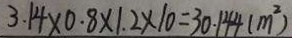
3 . 1 4 \times 0 . 8 \times 1 . 2 \times 1 0 = 3 0 . 1 4 4 ( m ^ { 2 } )